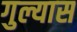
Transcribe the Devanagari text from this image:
गुल्यास